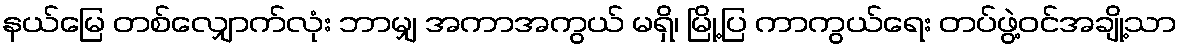
နယ်မြေ တစ်လျှောက်လုံး ဘာမျှ အကာအကွယ် မရှိ၊ မြို့ပြ ကာကွယ်ရေး တပ်ဖွဲ့ဝင်အချို့သာ